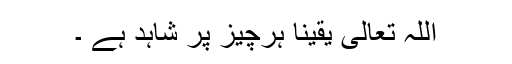
اللہ تعالٰی یقیناً ہرچیز پر شاہد ہے ۔